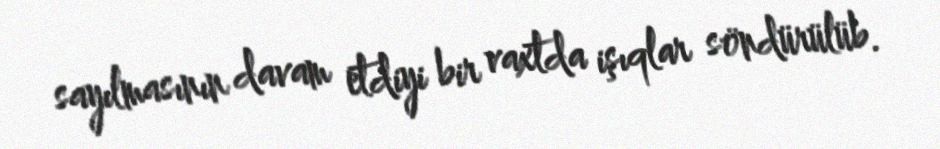
sayılmasının davam etdiyi bir vaxtda işıqlar söndürülüb.